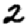
Digit: 2